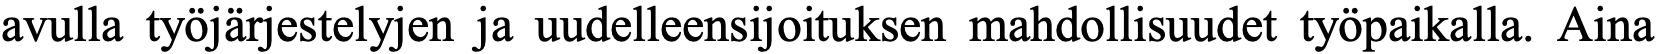
avulla työjärjestelyjen ja uudelleensijoituksen mahdollisuudet työpaikalla. Aina